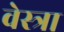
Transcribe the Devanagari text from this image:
वेस्त्रा